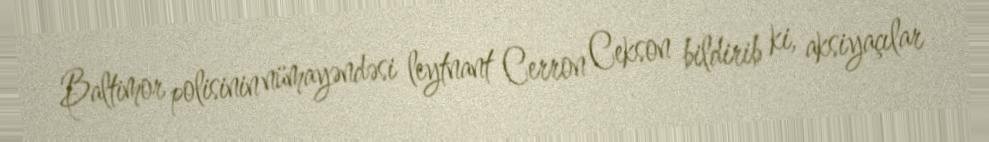
Baltimor polisinin nümayəndəsi leytnant Cerron Cekson bildirib ki, aksiyaçılar